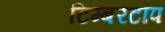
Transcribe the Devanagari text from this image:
टिम्बरटॉप